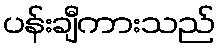
ပန်းချီကားသည်